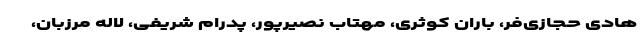
هادی حجازی‌فر، باران کوثری، مهتاب نصیرپور، پدرام شریفی، لاله مرزبان،